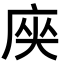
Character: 𭙟